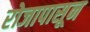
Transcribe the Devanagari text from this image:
रोजापासून